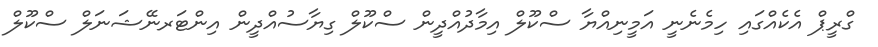
ގްރީޕް އެކެއްގައި ހިމެނެނީ އަމީނިއްޔާ ސްކޫލް އިމާދުއްދީން ސްކޫލް ގިޔާސުއްދީން އިންޓަރނޭޝަނަލް ސްކޫލް